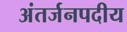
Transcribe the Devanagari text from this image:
अंतर्जनपदीय